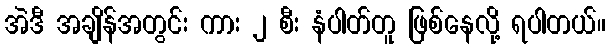
အဲဒီ အချိန်အတွင်း ကား ၂ စီး နံပါတ်တူ ဖြစ်နေလို့ ရပါတယ်။